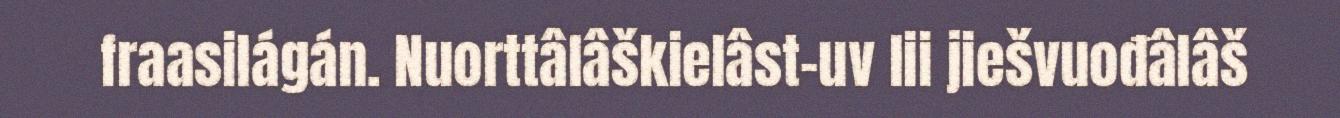
fraasilágán. Nuorttâlâškielâst-uv lii jiešvuođâlâš